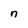
Character: n